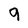
Character: 9